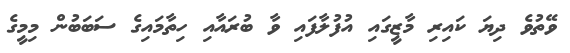
ވޭތުވެ ދިޔަ ކައިރި މާޒީގައި އުފުލާފައި ވާ ބުރައާއި ހިތާމައިގެ ސަބަބުން މިމީގެ